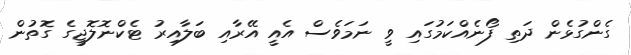
ގެންގުޅެން ދަތި ފޯނެއްކަމުގައި ވީ ނަމަވެސް އެއީ އޭރާއި ބަލާއިރު ޓެކްނޮލޮޖީގެ ގޮތުން